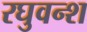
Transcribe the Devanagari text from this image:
रघुवन्श